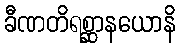
ခီဏတိရစ္ဆာနယောနိ